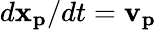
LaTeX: d\mathbf{x_{p}}/dt=\mathbf{v_{p}}